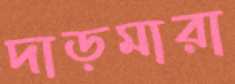
দাড়মারা